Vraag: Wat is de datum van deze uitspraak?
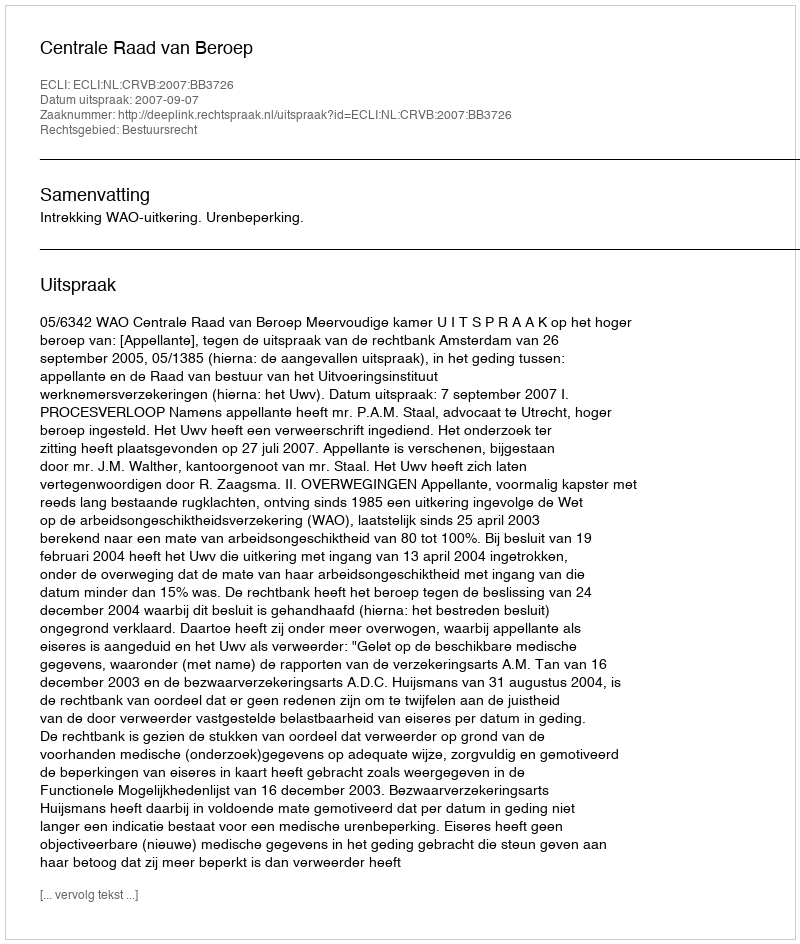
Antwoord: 2007-09-07